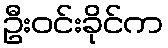
ဦးဝင်းခိုင်က